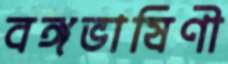
বঙ্গভাষিণী